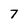
Character: 7